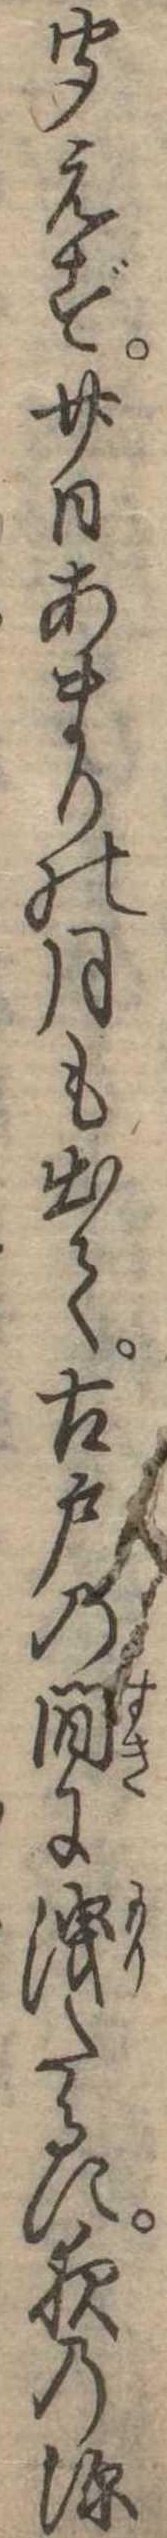
聞えず廿日あまりの月も出て古戸の間に洩たるに夜の深